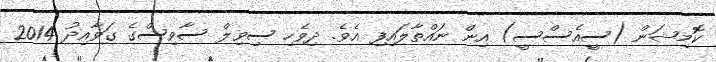
ކޮމިޝަން (ސީއެސްސީ) އިން ނައްތާލައިފި އެވެ. ދިވެހި ސިވިލް ސާވިސްގެ ގަވާއިދު 2014